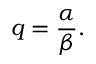
q = { \frac { \alpha } { \beta } } .